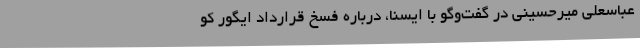
عباسعلی میرحسینی در گفت‌وگو با ایسنا، درباره فسخ قرارداد ایگور کو